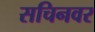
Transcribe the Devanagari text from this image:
सचिनवर